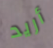
أريد